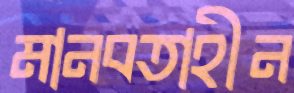
মানবতাহীন